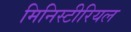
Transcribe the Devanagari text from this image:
मिनिस्टीरियल